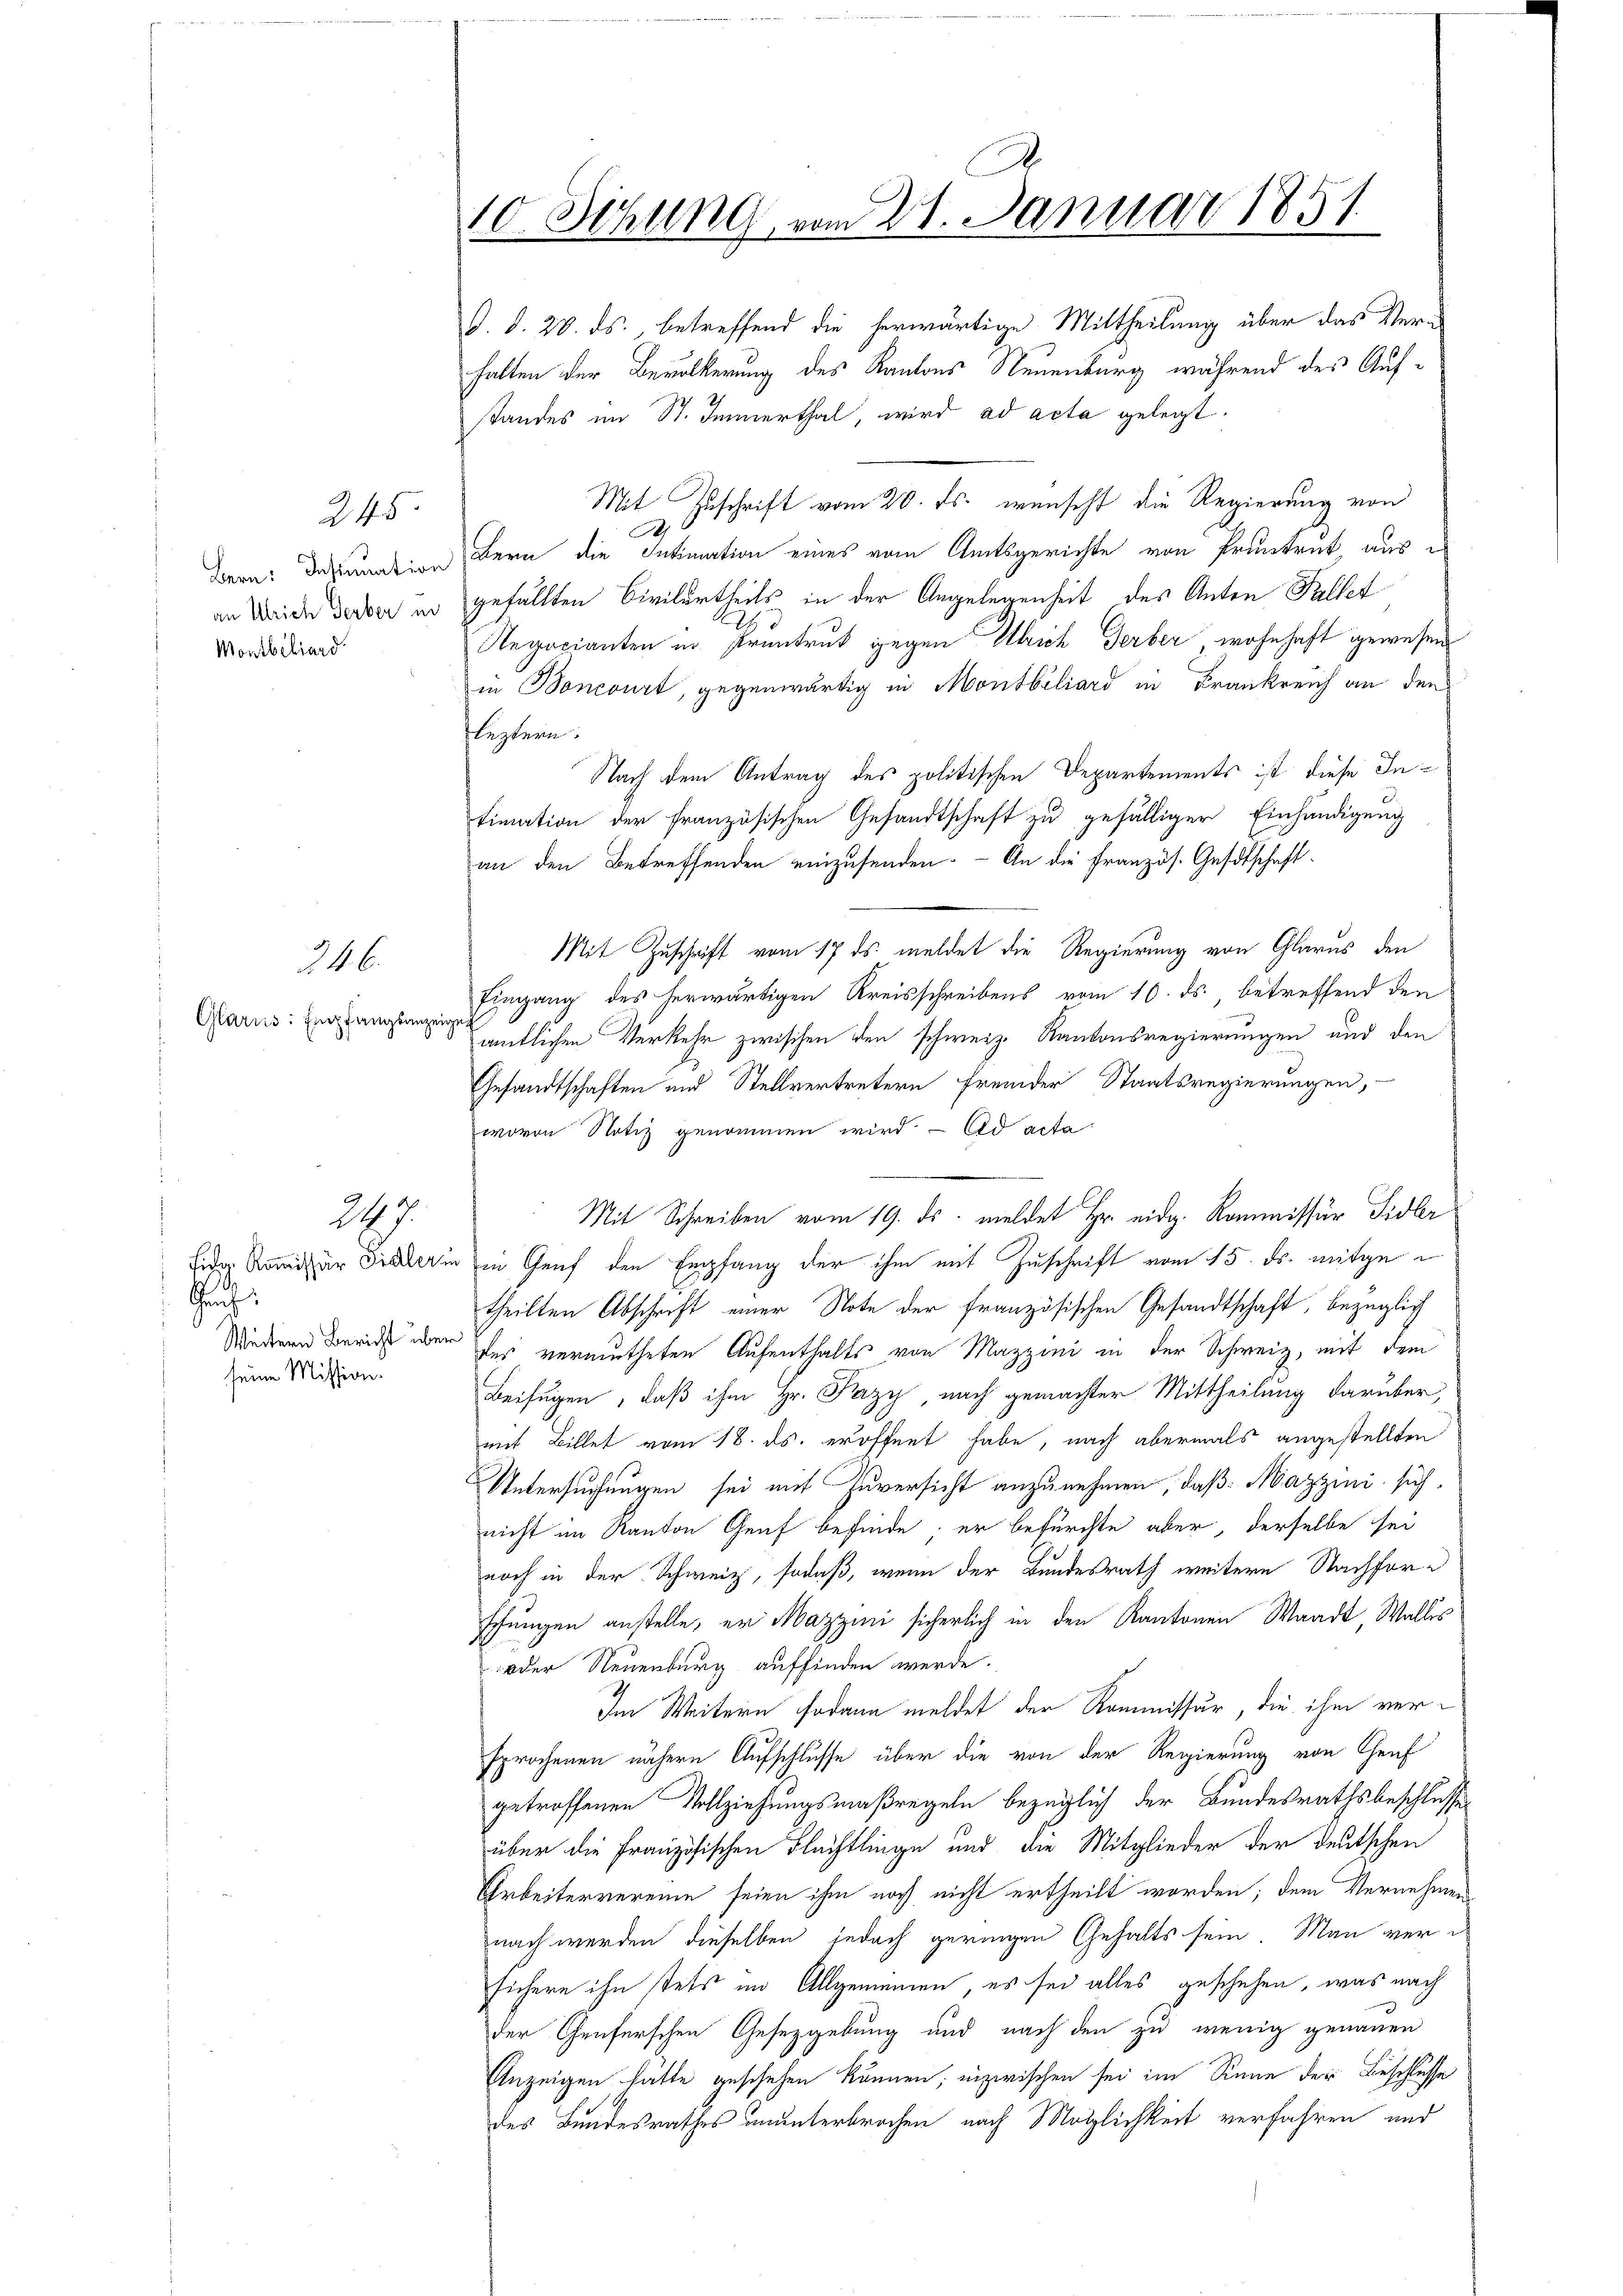
Bern: Instination
an Ulrich Gerber in
Montbiliard

245

246.
Glarus: Empfangsanze

e
Hauh
seine Mission.

247.

10. Sitzung, vom 27. Januar 1851

V. d. 28. ds., betreffend die herwärtige Mittheilung über das Verhalten der Bevölkerung des Kantons Neuenburg während des Aufstandes im St. Immerthal, wird ad acta gelegt.
Mit Zuschrift vom 20. Fs. wünscht die Regierung von
A
Bern die Intimation eines vom Amtsgerichte von Pruntrut, aus e
gefällten Civilurtheils in der Angelegenheit des Anton Fallet
Negocianten in Prentrut gegen Ulrich Gerber wohnhaft gewesens
Die Boncourt, gegenwärtig in Montbiliard in Frankreich an den
leztern.
Nach dem Antrag des politischen Departements ist diese Intimation der französischen Gesandtschaft zu gefälliger Einhändigung
an den Betreffenden einzusenden. - An die Französ. Gesetschaft
Mit Zuschrift vom 17. ds. meldet die Regierung von Glarus, den
Eingang des herwärtigen Kreisschreibens vom 10. ds., betreffend den
eigen
amtlichen Verkehr zwischen den schweiz. Kantonsregierungen und den
Gesandtschaften und Stellvertretern fremder Staatsregierungen,
wovon Notiz genommen wird. - Ad acta
Mit Schreiben vom 19. ds. meldet Hr. eidg. Kommissär Sidler
ide Konzer der in Genf den Empfang der ihm mit Zuschrift vom 15. ds. mitgetheilten Abschrift einer Note der französischen Gesandtschaft, bezüglich
Mindern Zürich wen der vermutheten Aufenthalts von Mazzini in der Schweiz, mit dem
Beifügen, daß ihm Hr. Pazy, nach gemachter Mittheilung darüber,
mit Billet vom 18. ds. eröffnet habe, nach abermals angestellten
Untersuchungen sei mit Zuversicht anzunehmen, daß Mazzini sich
nicht im Kanton Genf befinde; er befürchte aber, derselbe sei
noch in der Schweiz, sodaß, wenn der Bundesrath weitere Nachforschungen anstelle, er Mazzini sicherlich in den Kantonen Waadt, Wallis
oder Neuenburg auffinden werde.
Im Weitern sodann meldet der Kommissur, die ihm versprochenen nähern Aufschlusse über die von der Regierung von Genf
getroffenen Vollziehungsmaßregeln bezüglich der Bundesrathsbeschlusse
über die Französischen Flüchtlinge und die Mitglieder der deutschen
Arbeitervereine seien ihm noch nicht ertheilt worden; dem Vernehmen
nach werden dieselben jedoch geringen Gehalts sein. Man versichere ihn stets im Allgemeinen, es sei alles geschehen, was nach
der Genferschen Gesetzgebung und nach den zu wenig genauen
Anzeigen hätte geschehen können; inzwischen sei im Sinne der Beschlüsse
des Bundesrathes ununterbrochen nach Möglichkeit verfahren und